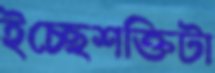
ইচ্ছেশক্তিটা